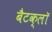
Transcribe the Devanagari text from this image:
बैटक्लॉ